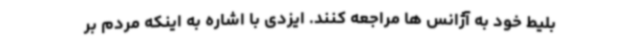
بلیط خود به آژانس ها مراجعه کنند. ایزدی با اشاره به اینکه مردم بر